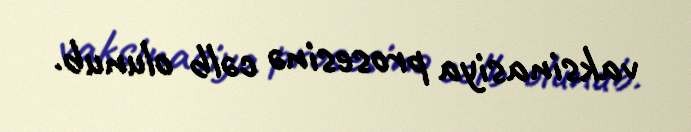
vaksinasiya prosesinə cəlb olunub.